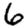
Digit: 6